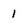
Character: 1